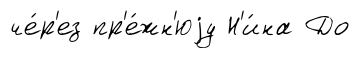
че́р'ез пр'е́жн'юjу Н'и́на До